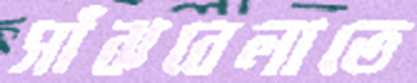
সাঁঝবেলাতে